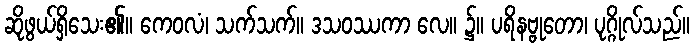
ဆိုဖွယ်ရှိသေး၏။ ကေဝလံ၊ သက်သက်။ ဒသဝဿကာ လေ။ ၌။ ပရိနဗ္ဗုတော၊ ပုဂ္ဂိုလ်သည်။